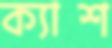
ক্যাশ